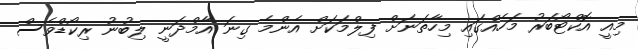
މިއީ އޮކްޓޯބަރު މަހެއްގައި މިހާތަނަށް ފިލްމަކަށް އެންމެ ގިނަ އާމްދަނީ ލިބުނު ރިކޯޑްވެސް